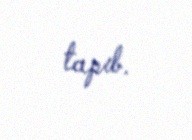
tapıb.